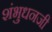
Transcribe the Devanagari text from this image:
शंभुधनजी